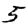
Digit: 5